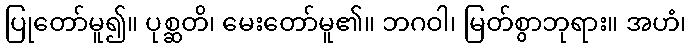
ပြုတော်မူ၍။ ပုစ္ဆတိ၊ မေးတော်မူ၏။ ဘဂဝါ၊ မြတ်စွာဘုရား။ အဟံ၊